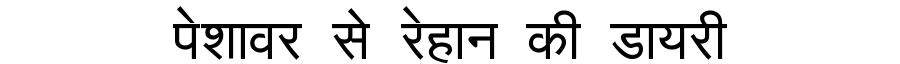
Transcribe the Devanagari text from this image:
पेशावर से रेहान की डायरी